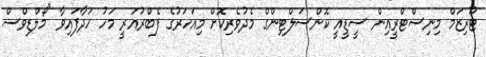
ޓޫރިޒަމް މިނިސްޓްރީއިން ސީޑީއީ ކޮންސަލްޓިންގް މެދުވެރިކޮށް މިއަހަރުގެ ފެބްރުއަރީ މަހު ހަދާފައިވާ "މޯލްޑިވްސް